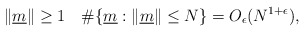
\begin{align*} \|\underline{m}\| \geq 1\quad \# \{\underline{m}: \|\underline{m}\| \leq N \}= O_\epsilon(N^{1+\epsilon}), \end{align*}